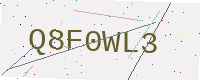
Text: Q8F0WL3